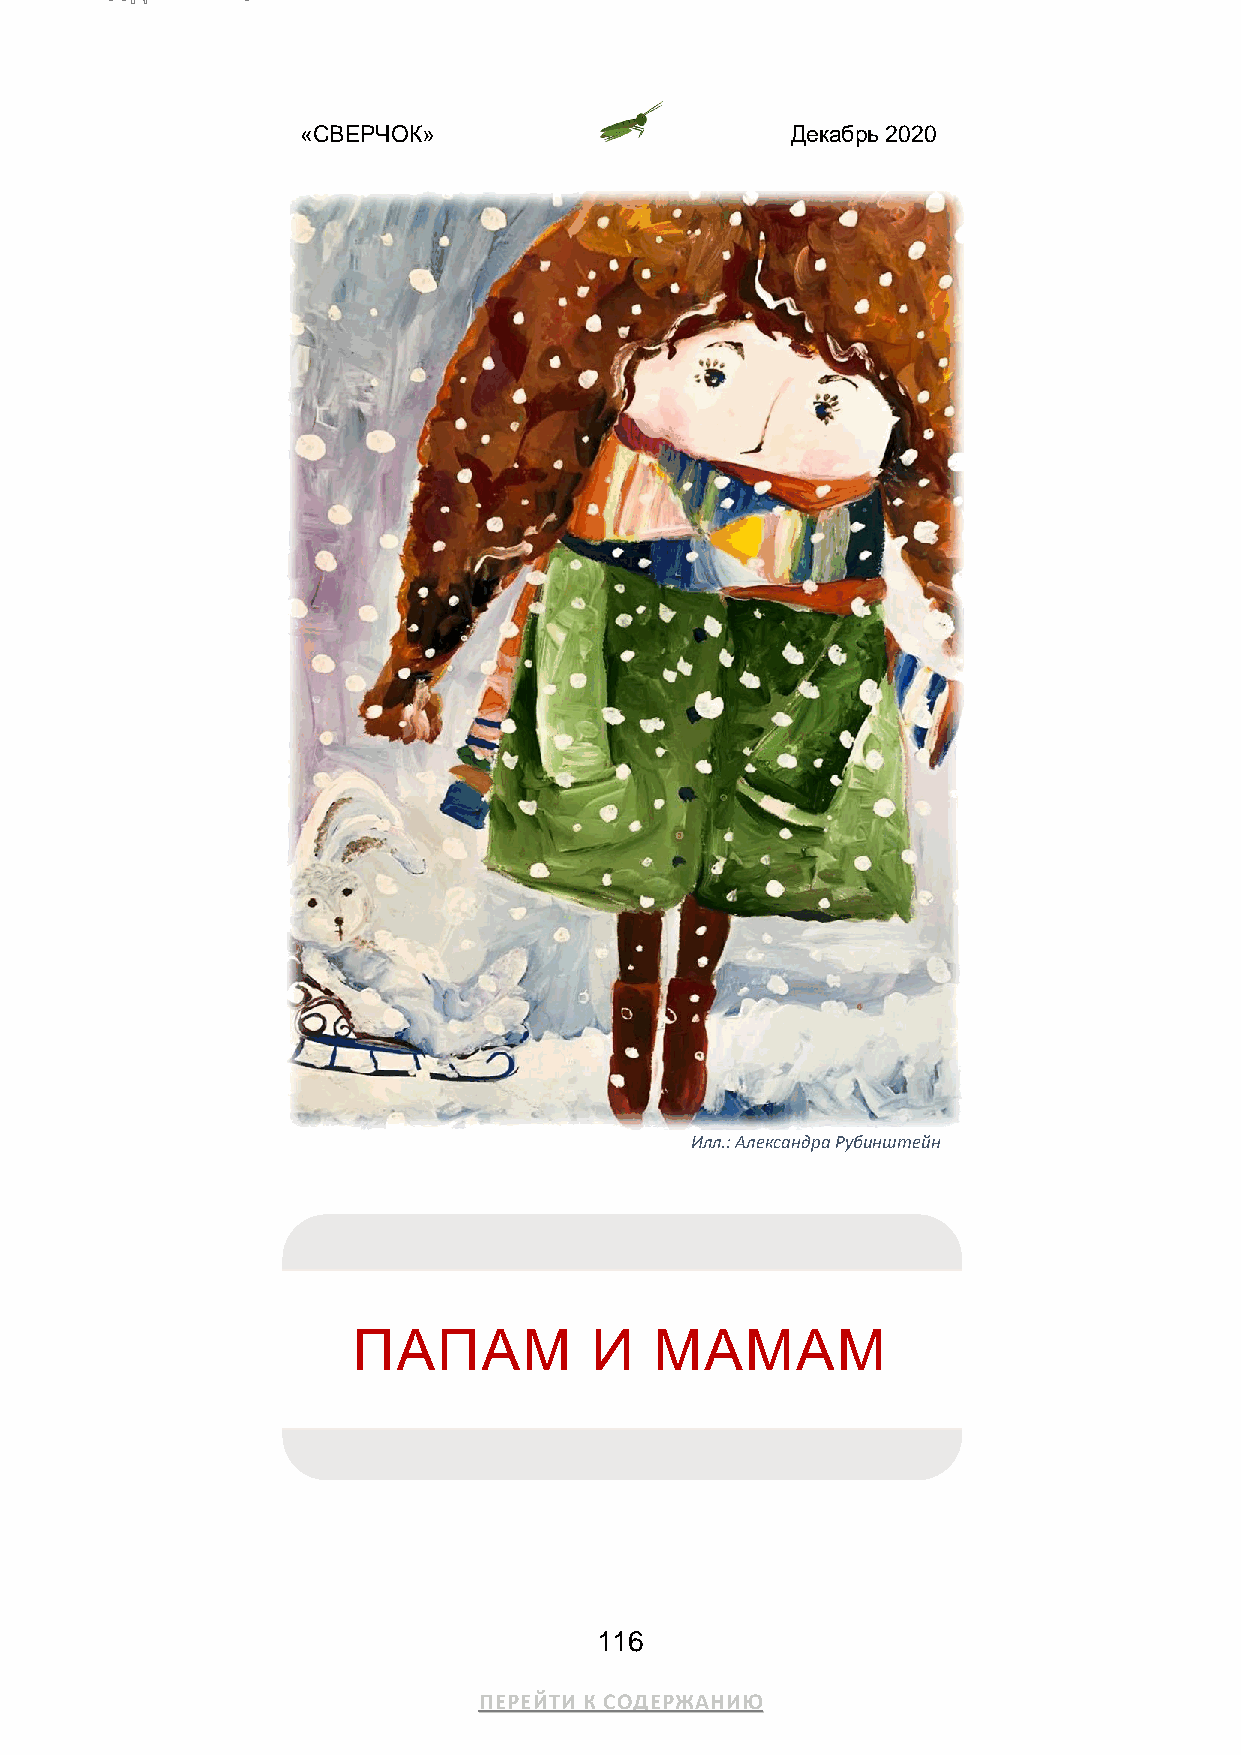
«СВЕРЧОК»                       Декабрь 2020
 Илл.: Александра Рубинштейн
 ПАПАМ           И   МАМАМ
 116
 ПЕРЕЙТИ К СОДЕРЖАНИЮ